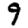
Digit: 9